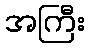
အကြီး